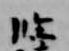
臨